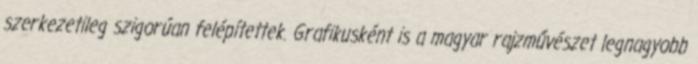
szerkezetileg szigorúan felépítettek. Grafikusként is a magyar rajzművészet legnagyobb